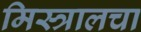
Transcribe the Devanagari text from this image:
मिस्त्रालचा